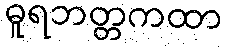
ဓူရဘတ္တကထာ